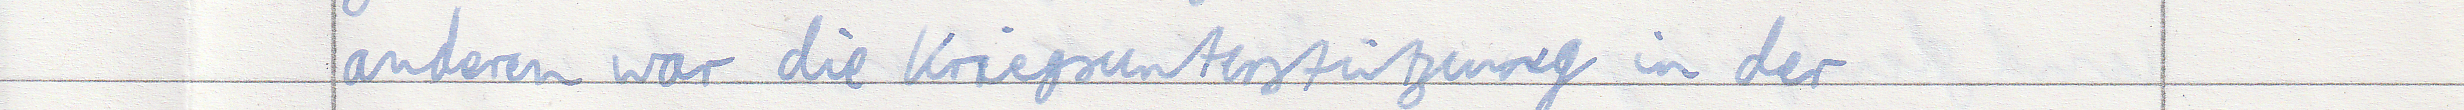
anderen war die Kriegsunterstützung in der